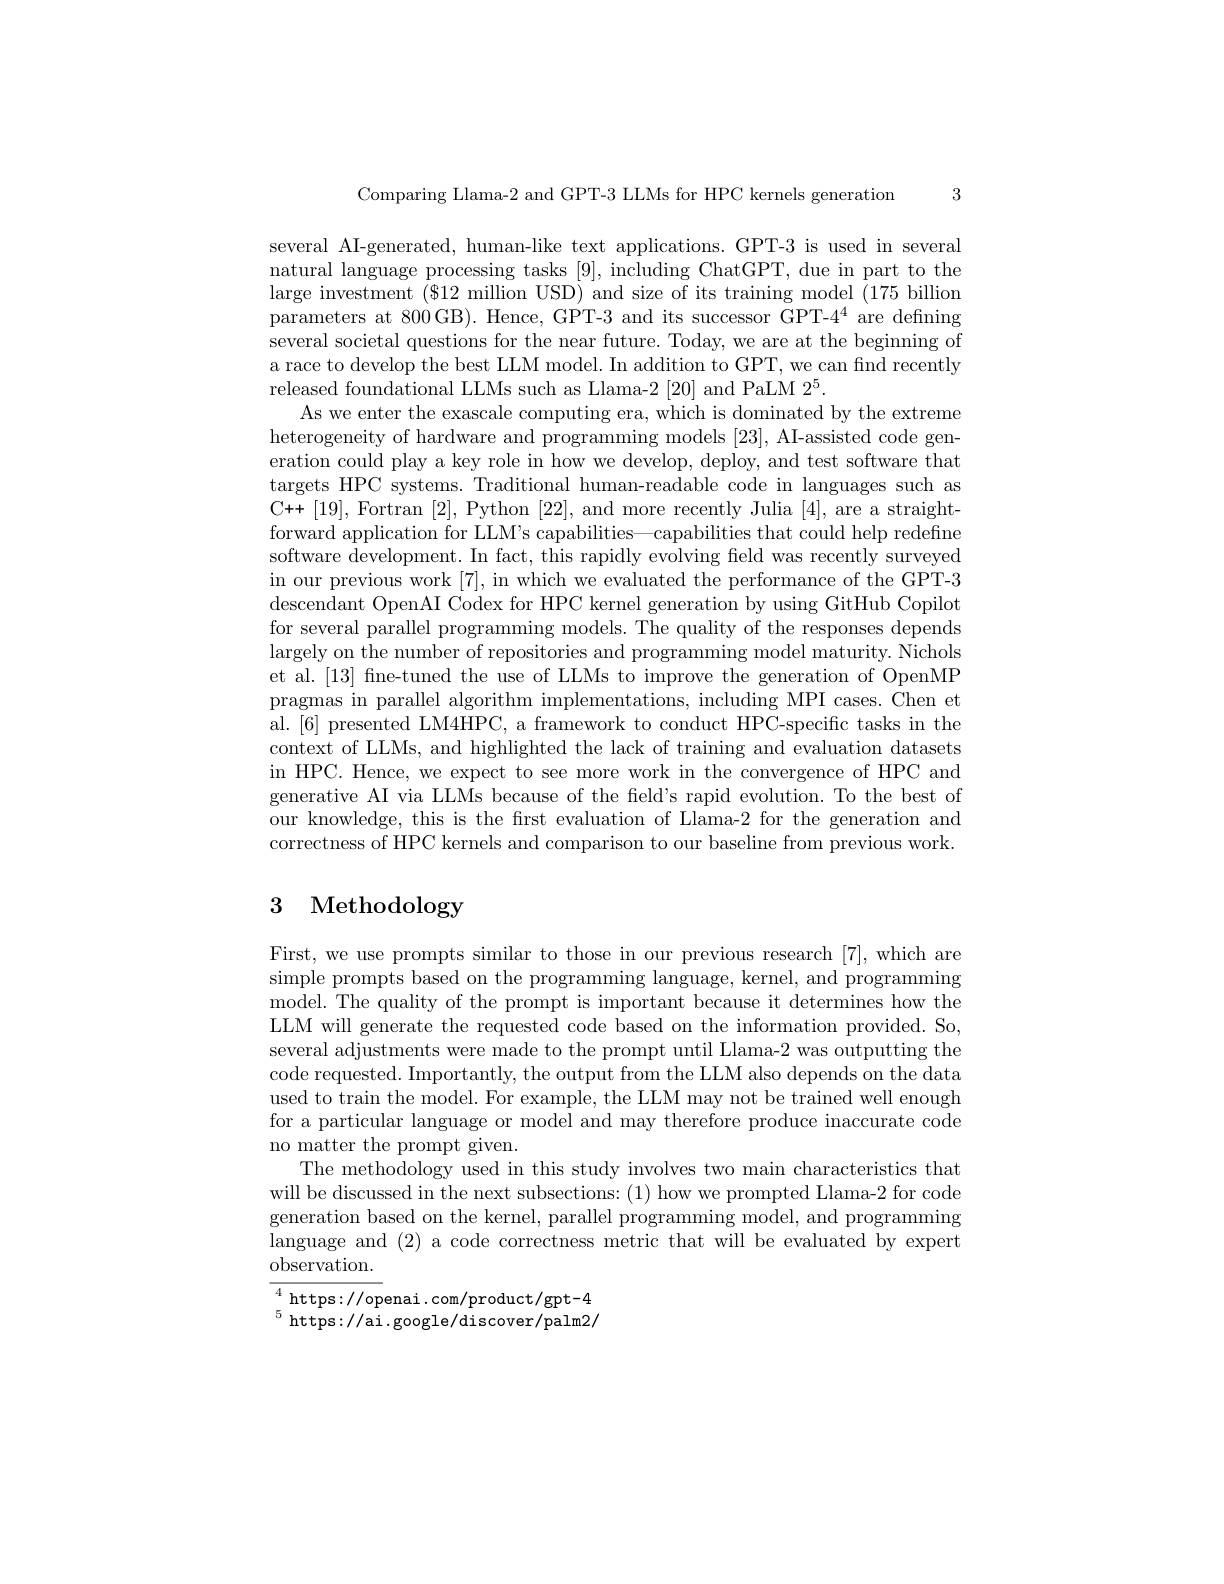
3

Comparing Llama-2 and GPT-3 LLMs for HPC kernels generation

several AI-generated, human-like text applications. GPT-3 is used in several natural language processing tasks [9], including ChatGPT, due in part to the large investment $(\$12$ million USD) and size of its training model (175 billion parameters at 800GB).Hence, GPT-3 and its successor GPT-4$^4$ are defining several societal questions for the near future. Today, we are at the beginning of a race to develop the best LLM model. In addition to GPT, we can find recently released foundational LLMs such as Llama-2 [20] and PaLM $2^5.$
As we enter the exascale computing era, which is dominated by the extreme heterogeneity of hardware and programming models [23], AI-assisted code generation could play a key role in how we develop, deploy, and test software that targets HPC systems. Traditional human-readable code in languages such as C++[19], Fortran [2], Python [22], and more recently Julia [4], are a straightforward application for LLM's capabilities—capabilities that could help redefine software development. In fact, this rapidly evolving field was recently surveyed in our previous work [7], in which we evaluated the performance of the GPT-3 descendant OpenAI Codex for HPC kernel generation by using GitHub Copilot for several parallel programming models. The quality of the responses depends largely on the number of repositories and programming model maturity. Nichols et al.[13] fne-tuned the use of LLMs to improve the generation of OpenMP pragmas in parallel algorithm implementations, including MPI cases. Chen et al. [6] presented LM4HPC, a framework to conduct HPC-specific tasks in the context of LLMs, and highlighted the lack of training and evaluation datasets in HPC. Hence, we expect to see more work in the convergence of HPC and generative AI via LLMs because of the feld's rapid evolution. To the best of our knowledge, this is the first evaluation of Llama-2 for the generation and correctness of HPC kernels and comparison to our baseline from previous work.

# 3 Methodology

First, we use prompts similar to those in our previous research [7], which are simple prompts based on the programming language, kernel, and programming model. The quality of the prompt is important because it determines how the LLM will generate the requested code based on the information provided. So, several adjustments were made to the prompt until Llama-2 was outputting the code requested. Importantly, the output from the LLM also depends on the data used to train the model. For example, the LLM may not be trained well enough for a particular language or model and may therefore produce inaccurate code no matter the prompt given.
The methodology used in this study involves two main characteristics that will be discussed in the next subsections: (1) how we prompted Llama-2 for code generation based on the kernel, parallel programming model, and programming language and (2) a code correctness metric that will be evaluated by expert observation.

$\overline{{4}}$https: //openai .com/product/gpt-4

$^{5}$ https://ai.google/discover/palm2/